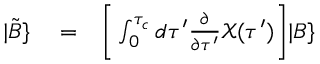
\begin{array} { r l r } { | \tilde { B } \} } & { { } = } & { \bigg [ \int _ { 0 } ^ { \tau _ { c } } d \tau ^ { \prime } \frac { \partial } { \partial \tau ^ { \prime } } \mathcal { X } ( \tau ^ { \prime } ) \bigg ] | B \} } \end{array}